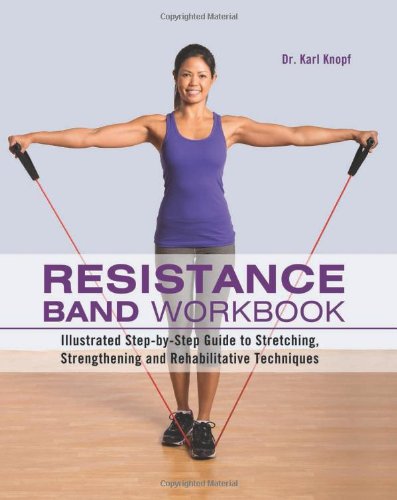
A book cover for Resistance Band Workbook: Illustrated Step-by-Step Guide to Stretching, Strengthening and Rehabilitative Techniques; Karl Knopf; Health, Fitness & Dieting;